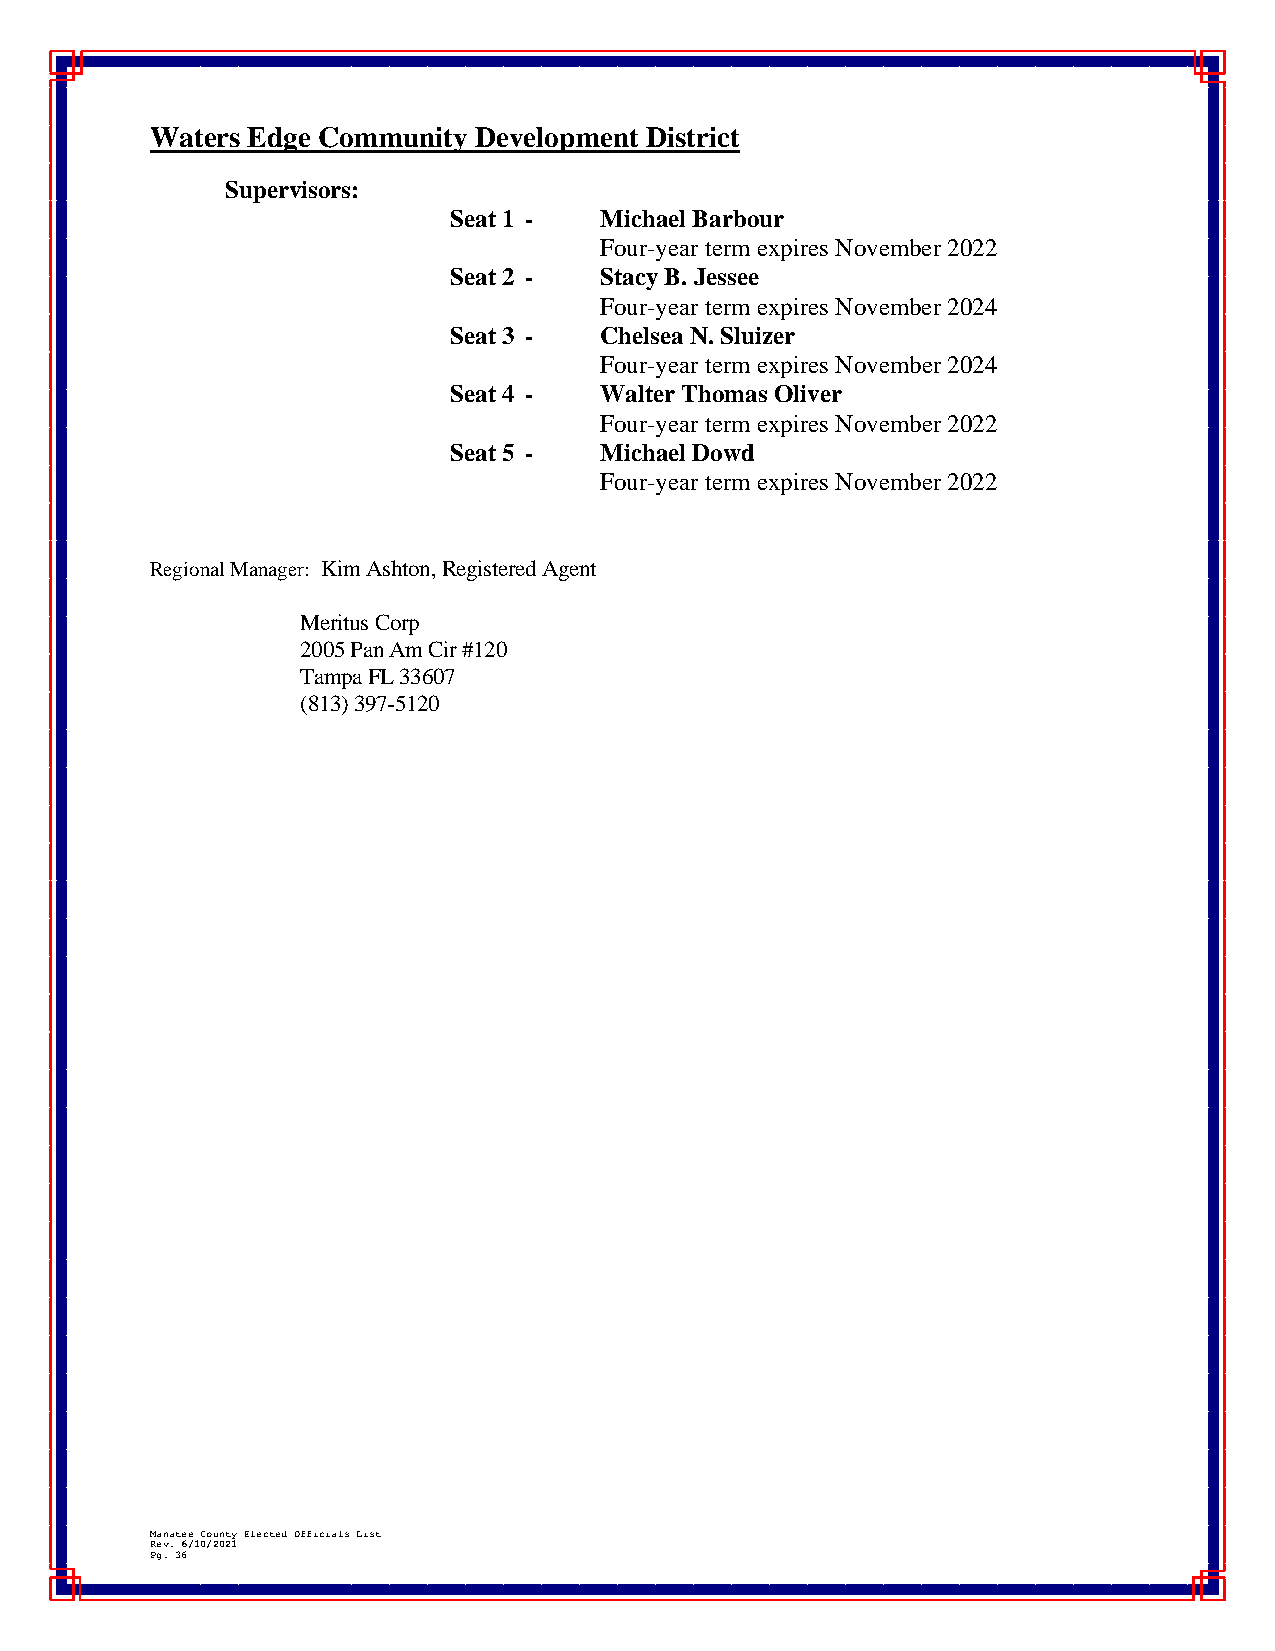
Waters Edge Community Development District
 Supervisors:
 Seat 1 -  Michael Barbour
 Four-year term expires November 2022
 Seat 2 -  Stacy B. Jessee
 Four-year term expires November 2024
 Seat 3 -  Chelsea N. Sluizer
 Four-year term expires November 2024
 Seat 4 -  Walter Thomas Oliver
 Four-year term expires November 2022
 Seat 5 -  Michael Dowd
 Four-year term expires November 2022
 Regional Manager: Kim Ashton, Registered Agent
 Meritus Corp
 2005 Pan Am Cir #120
 Tampa FL 33607
 (813) 397-5120
 Manatee County Elected Officials List
 Rev. 6/10/2021
 Pg. 36